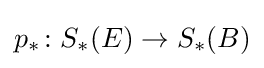
p_{\ast }\colon S_{\ast }(E)\rightarrow S_{\ast }(B)